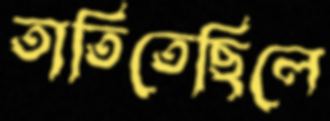
তাতিতেছিলে